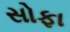
સોફા